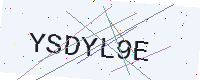
Text: YSDYL9E